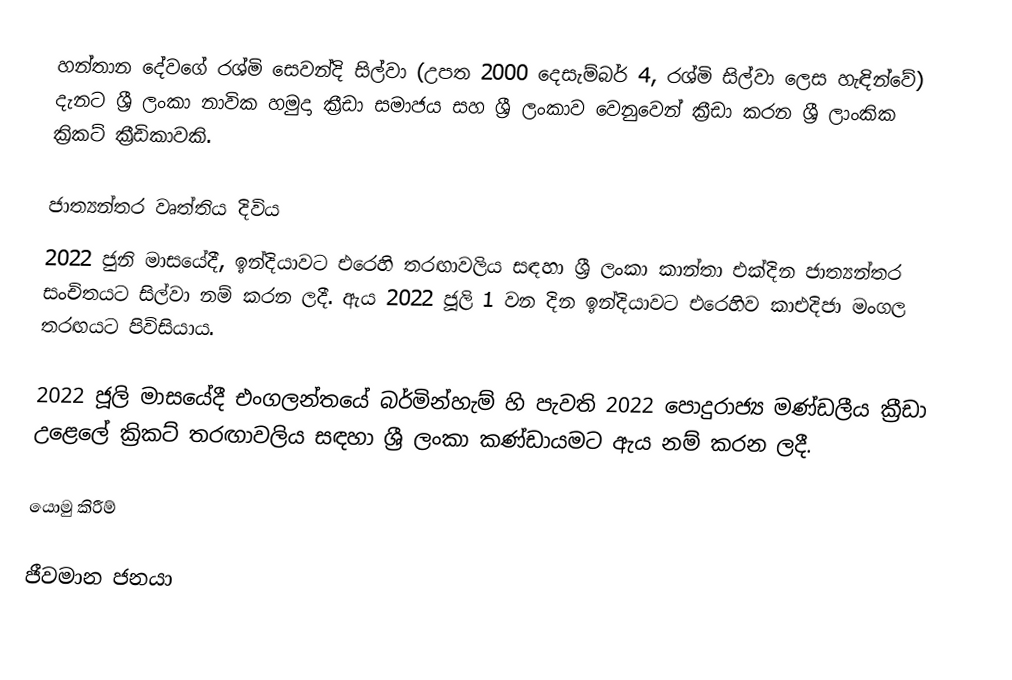
හන්තාන දේවගේ රශ්මි සෙවන්දි සිල්වා (උපත 2000 දෙසැම්බර් 4, රශ්මි සිල්වා ලෙස හැඳින්වේ) දැනට ශ්‍රී ලංකා නාවික හමුදා ක්‍රීඩා සමාජය සහ ශ්‍රී ලංකාව වෙනුවෙන් ක්‍රීඩා කරන ශ්‍රී ලාංකික ක්‍රිකට් ක්‍රීඩිකාවකි.

ජාත්‍යන්තර වෘත්තිය දිවිය
2022 ජුනි මාසයේදී, ඉන්දියාවට එරෙහි තරඟාවලිය සඳහා ශ්‍රී ලංකා කාන්තා එක්දින ජාත්‍යන්තර සංචිතයට සිල්වා නම් කරන ලදී. ඇය 2022 ජූලි 1 වන දින ඉන්දියාවට එරෙහිව කාඑදිජා මංගල තරඟයට පිවිසියාය.

2022 ජූලි මාසයේදී එංගලන්තයේ බර්මින්හැම් හි පැවති 2022 පොදුරාජ්‍ය මණ්ඩලීය ක්‍රීඩා උළෙලේ ක්‍රිකට් තරඟාවලිය සඳහා ශ්‍රී ලංකා කණ්ඩායමට ඇය නම් කරන ලදී.

යොමු කිරීම්

ජීවමාන ජනයා